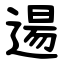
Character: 逿